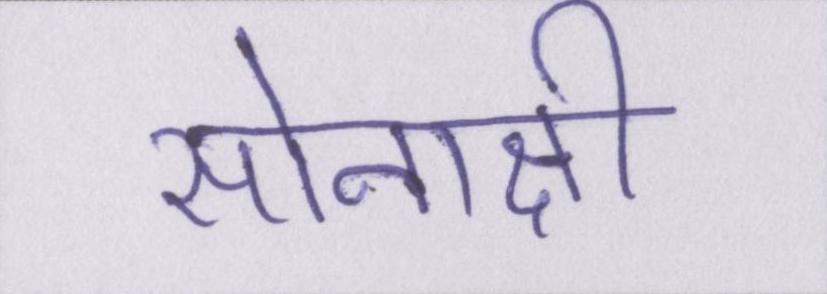
सोनाक्षी